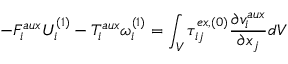
- F _ { i } ^ { a u x } U _ { i } ^ { ( 1 ) } - T _ { i } ^ { a u x } \omega _ { i } ^ { ( 1 ) } = \int _ { V } \tau _ { i j } ^ { e x , ( 0 ) } \frac { \partial v _ { i } ^ { a u x } } { \partial x _ { j } } d V